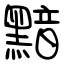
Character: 黯